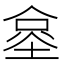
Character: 𰂧